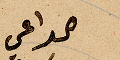
الداعي